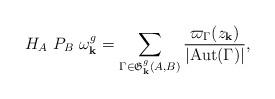
LaTeX: \begin{align*}H_A \ P_B \ \omega_{\mathbf{k}}^g=\sum_{\Gamma\in \mathfrak{G}^g_{\mathbf{k}}(A,B) }\frac{\varpi_{\Gamma}(z_{\mathbf{k}})}{|\textrm{Aut}(\Gamma)|},\end{align*}